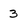
Character: 3